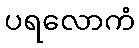
ပရလောကံ